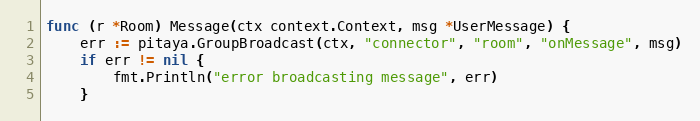
Language: Go
func (r *Room) Message(ctx context.Context, msg *UserMessage) {
	err := pitaya.GroupBroadcast(ctx, "connector", "room", "onMessage", msg)
	if err != nil {
		fmt.Println("error broadcasting message", err)
	}